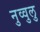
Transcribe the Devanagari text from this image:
नुव्वुलु